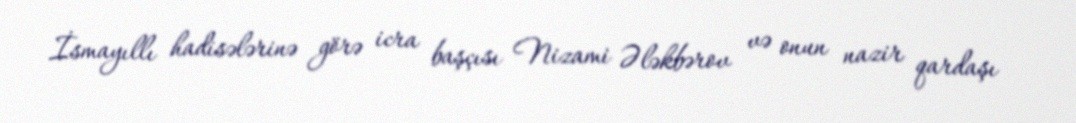
İsmayıllı hadisələrinə görə icra başçısı Nizami Ələkbərov və onun nazir qardaşı